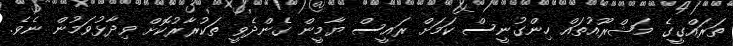
ތަރައްގީގެ މަޝްރޫއުތައް ހިންގުނީސް ކަމަށް ރައީސް ޔާމީން ގެންދެވީ ތަކުރާރުކޮށް ވިދާޅުވަމުން ނެވެ.